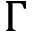
\Gamma